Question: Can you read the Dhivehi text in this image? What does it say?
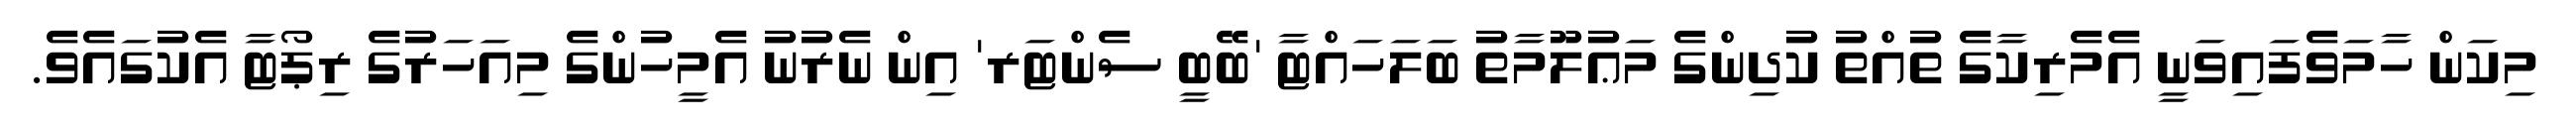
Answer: މިކަން ހާމަވެފައިވަނީ އެމެރިކާގެ ތުއްތު ކުދިންގެ މަޢުލޫމާތު ބަލަހައްޓާ 'ބޭބީ ސެންޓަރ' އިން ނެރުނު އެމީހުންގެ މިއަހަރުގެ ރިޕޯޓާ އެކުގައެވެ.